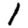
Digit: 1